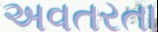
અવતરતા